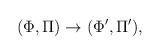
LaTeX: \begin{align*}(\Phi,\Pi) \rightarrow (\Phi',\Pi'),\end{align*}